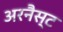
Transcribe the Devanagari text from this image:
अरनैस्ट